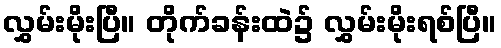
လွှမ်းမိုးပြီ။ တိုက်ခန်းထဲ၌ လွှမ်းမိုးရစ်ပြီ။